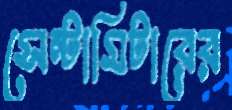
সেন্টামিটারের